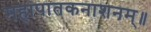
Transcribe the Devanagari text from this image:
महापातकनाशनम्‌॥